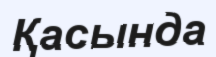
Қасында